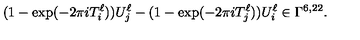
( 1 - \exp ( - 2 \pi i T _ { i } ^ { \ell } ) ) U _ { j } ^ { \ell } - ( 1 - \exp ( - 2 \pi i T _ { j } ^ { \ell } ) ) U _ { i } ^ { \ell } \in \Gamma ^ { 6 , 2 2 } .